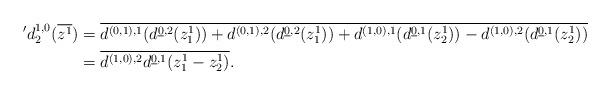
LaTeX: \begin{align*}'d_2^{1,0}(\overline{z^1})&=\overline{d^{(0,1),1}(d^{\underline{0},2}(z^1_1))+d^{(0,1),2}(d^{\underline{0},2}(z^1_1))+d^{(1,0),1}(d^{\underline{0},1}(z^1_2))-d^{(1,0),2}(d^{\underline{0},1}(z^1_2))}\\& = \overline{d^{(1,0),2}d^{\underline{0},1}(z^1_1-z^1_2)}.\end{align*}